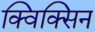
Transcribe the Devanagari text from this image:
क्विक्सिन